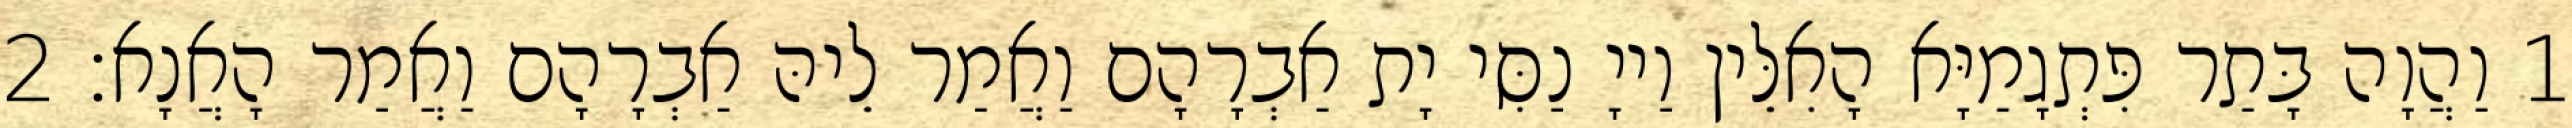
1 וַהֲוָה בָּתַר פִּתְגָמַיָּא הָאִלֵּין וַייָ נַסִּי יָת אַבְרָהָם וַאֲמַר לֵיהּ אַבְרָהָם וַאֲמַר הָאֲנָא׃ 2